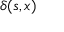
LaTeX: \delta ( s , x )